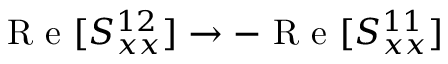
\textrm { R e } [ S _ { x x } ^ { 1 2 } ] \rightarrow - \textrm { R e } [ S _ { x x } ^ { 1 1 } ]